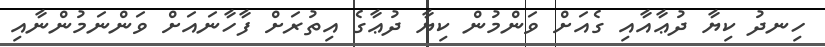
ހިނދު ކިޔާ ދުޢާއާއި ގެއަށް ވަންމުން ކިޔާ ދުޢާގެ އިތުރަށް ފާހާނައަށް ވަންނަމުންނާއި